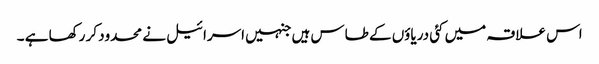
اس علاقہ میں کئی دریاؤں کے طاس ہیں جنہیں اسرائیل نے محدود کر رکھا ہے ۔